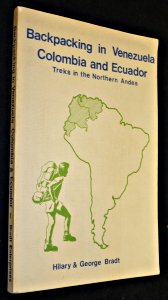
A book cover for Backpacking in Venezuela, Colombia and Ecuador; Hilary Bradt; Travel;